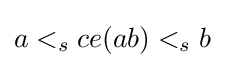
a<_{s}ce(ab)<_{s}b